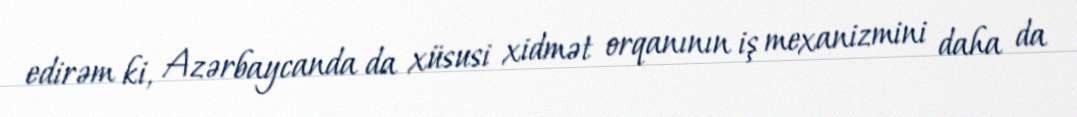
edirəm ki, Azərbaycanda da xüsusi xidmət orqanının iş mexanizmini daha da